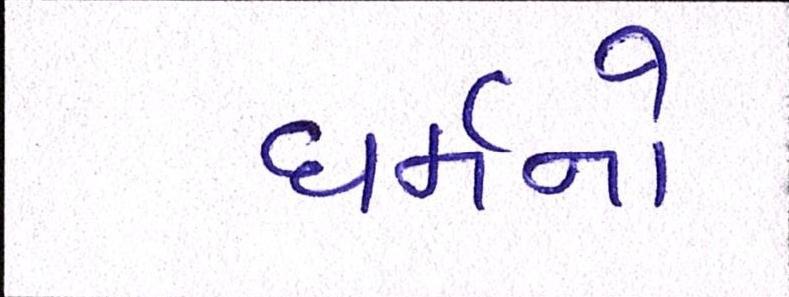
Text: ધર્મનો